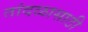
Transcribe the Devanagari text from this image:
तांदळासाठी